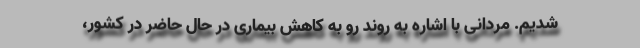
شدیم. مردانی با اشاره به روند رو به کاهش بیماری در حال حاضر در کشور،